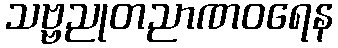
သဗ္ဗညုတညာဏဝရေန